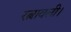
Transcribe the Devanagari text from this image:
रत्नावली।